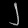
Digit: ၂